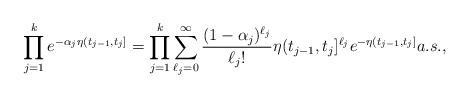
LaTeX: \begin{align*} \prod_{j=1}^k e^{-\alpha_j\eta(t_{j-1},t_j]} = \prod_{j=1}^k \sum_{\ell_j =0}^\infty \frac{(1-\alpha_j)^{\ell_j} }{\ell_j !} \eta(t_{j-1},t_j]^{\ell_j} e^{-\eta(t_{j-1},t_j]}a.s., \end{align*}